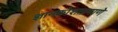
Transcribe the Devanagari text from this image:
ज्ञानकोशाप्रमाणे